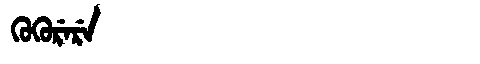
Manchu: ᡴᡠᡴᡠᡵᡝᡵᡝ
Romanization: KUKURERE